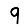
Digit: 9